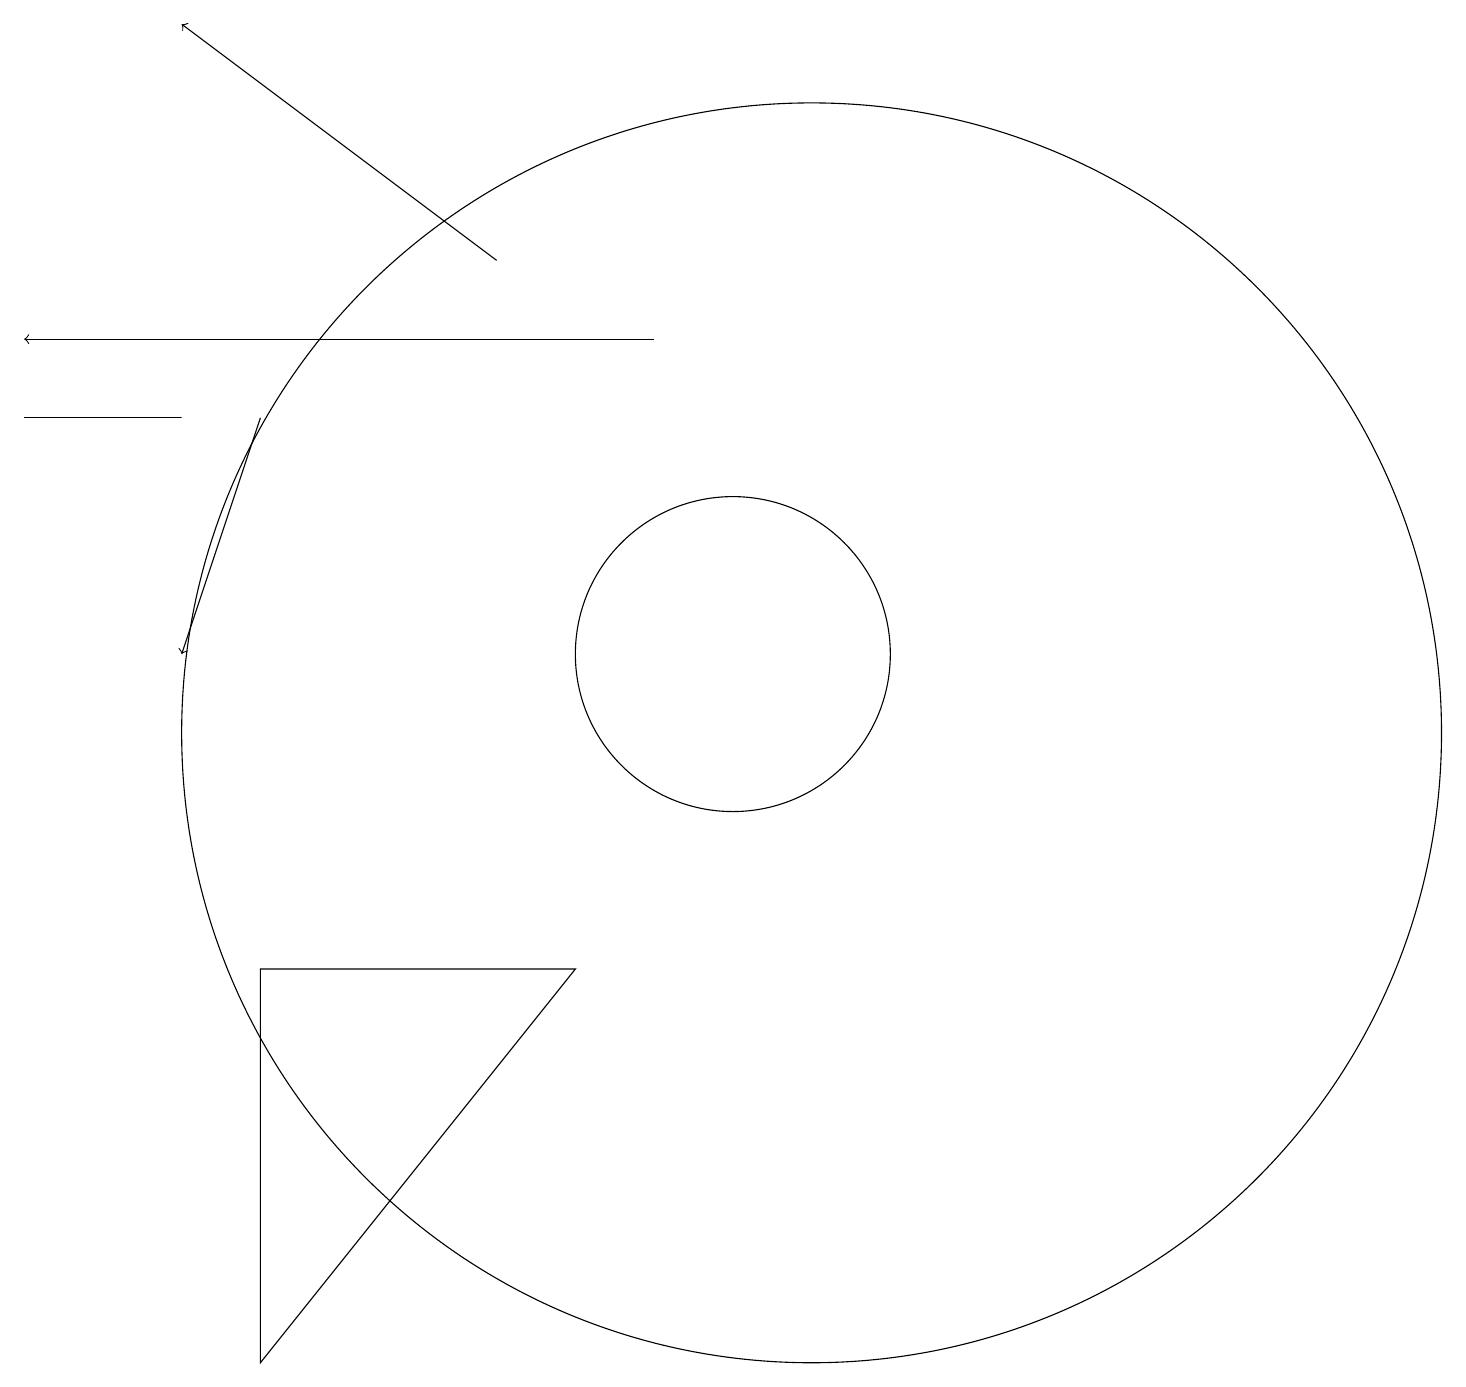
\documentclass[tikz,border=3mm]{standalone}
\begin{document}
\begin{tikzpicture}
\draw (11,10) circle (8);
\draw[->] (7,16) -- (3,19);
\draw (10,11) circle (2);
\draw[->] (4,14) -- (3,11);
\draw[->] (9,15) -- (1,15);
\draw (4,7) -- (8,7) -- (4,2) -- cycle;
\draw (1,14) rectangle (3,14);
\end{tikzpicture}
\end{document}